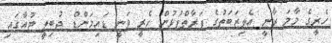
ހެރީގެ މާމަ ރާނީ އެލިޒަބަތުގެ ފަރާތްޕުޅުން ހެރީ ވަނީ ޑައިމަންޑް ޖުބިލީ ޓުއާގައި